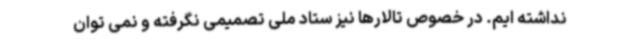
نداشته ایم. در خصوص تالارها نیز ستاد ملی تصمیمی نگرفته و نمی توان